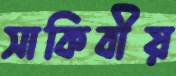
সাকিবীয়